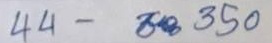
44 - 350